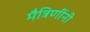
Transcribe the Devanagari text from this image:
मैत्रिणींनी